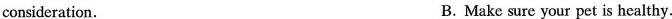
consideration. B.Make sure your pet is healthy.